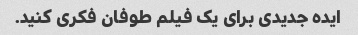
ایده جدیدی برای یک فیلم طوفان فکری کنید.